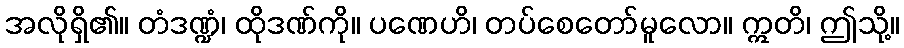
အလိုရှိ၏။ တံဒဏ္ဍံ၊ ထိုဒဏ်ကို။ ပဏေဟိ၊ တပ်စေတော်မူလော။ ဣတိ၊ ဤသို့။